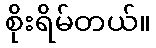
စိုးရိမ်တယ်။